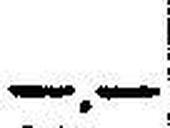
—.—